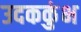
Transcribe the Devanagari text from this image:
उदककुंभ